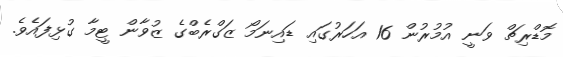
މޮޑްރިޗް ވަނީ އުމުރުން 16 އަހަރުގައި ޑައިނަމޯ ޒަގްރެބްގެ ޒުވާން ޓީމާ ގުޅިފައެވެ.